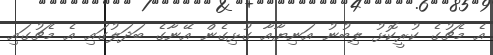
އެ މެޗުގެ ކުރީކޮޅު ލިބުނު އަނިޔާއާ ގުޅިގެން އޭނާގެ ބަދަލުގައި އެ މެޗުގައި